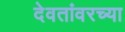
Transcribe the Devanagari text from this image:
देवतांवरच्या